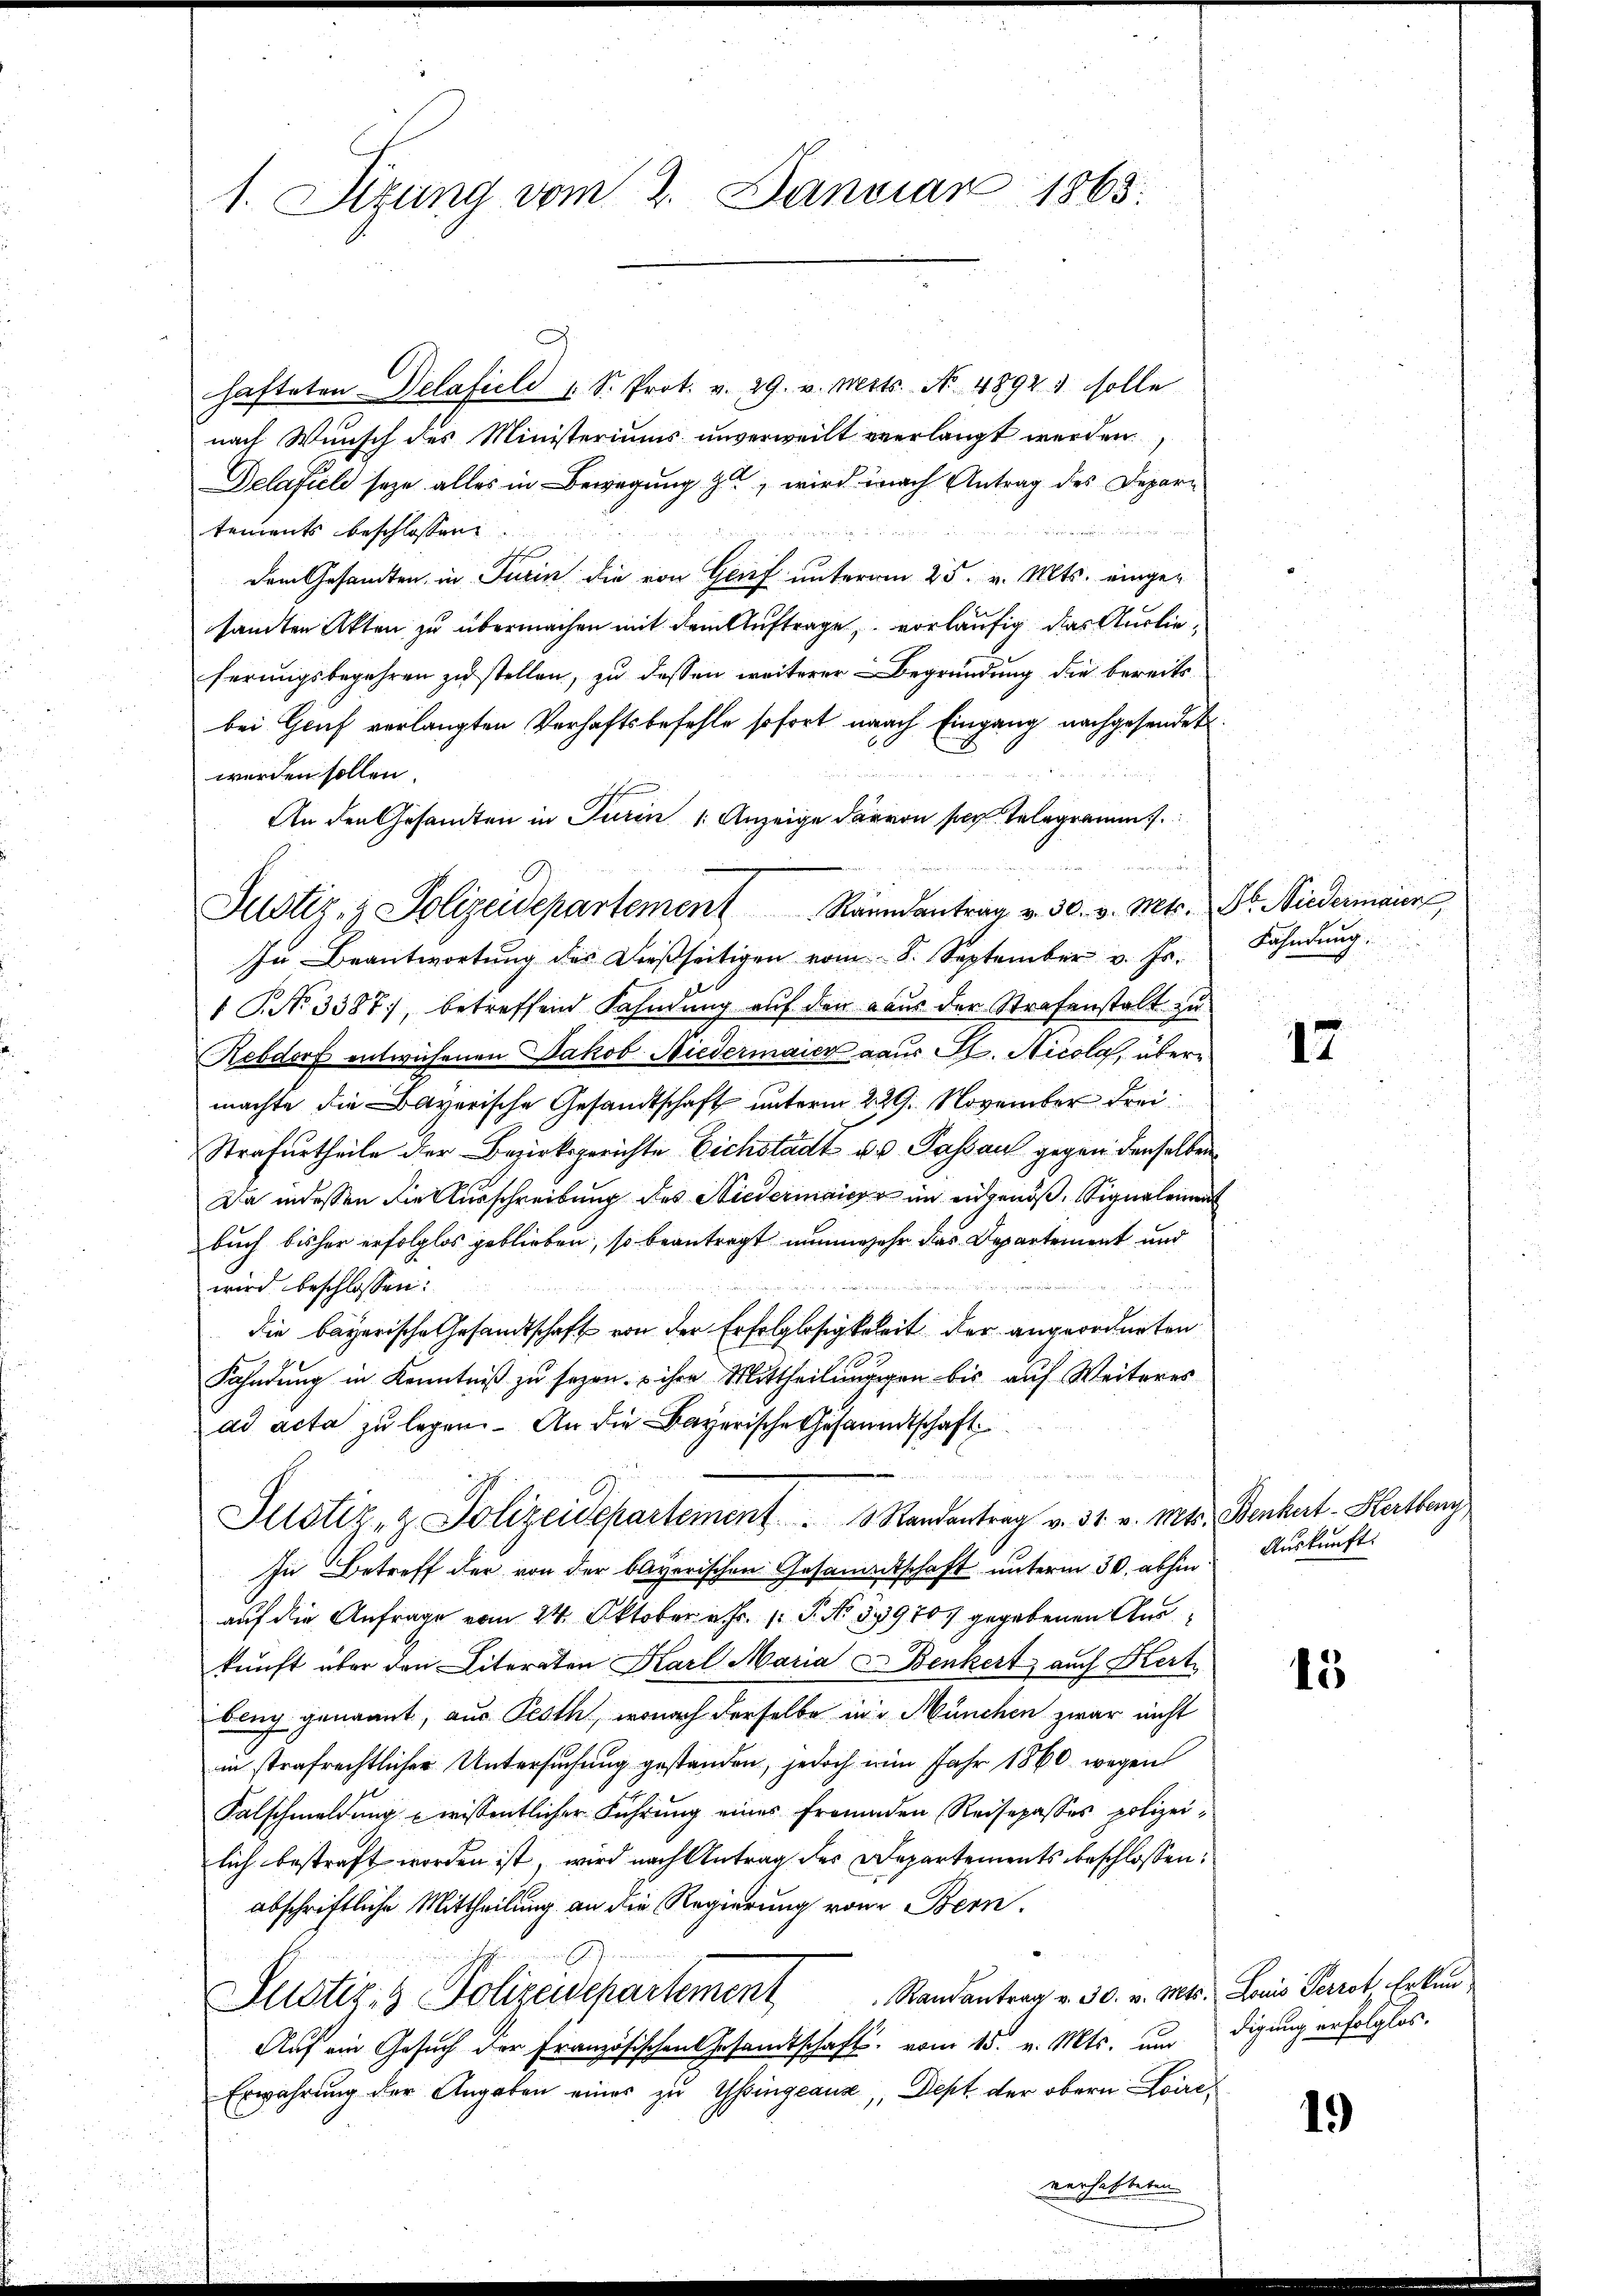
1. Sizung vom 2. Januar 1865.

hafteten Delafiele s. S. Prot. v. 29. v. Merts. No. 48921 solle
nach Wunsch des Ministeriums unverweilt verlangt werden.
Delafiel seye alles in Bewegung zu, wird nach Antrag des Depar¬

tements beschlossen
dem Gesandten, in Turin die von Genf unterm 25. v. Mts. eingesandten Akten zu übermachen mit dem Auftrage, vorläufig das Auslieferŭngsbegehren zŭ stellen, zu dessen weiterer Begründung die bereits
bei Gruf verlangten Verhaftsbefehle sofort nach Eingang nachgesendet.
werden sollen.
An den Gesandten in Turin /: Anzeige darvon so telegramms.

In Beantwortŭng des dießseitigen vom 8. September v. Js. Fahndung,
1 P. No 3387, betreffend Fahndung auf den aus der Strafenstalt zu
Rebdorf entwichenen Jakob Niedermaier aus K. Nicola, übermachte die Bayerische Gesandtschaft unterm 229. November Frei¬
Strafurtheile der Bezirksgerichte Eichstadt u. Passau gegen denselben
Da indessen die Ausschreibung des Niedermaier im angenoß, Signalement
buch bisher erfolglos geblieben, so beantragt nunmehr dies Departement und

wird beschlossen:
die bayerische Gesandtschaft von der Erfolglosigkeit der angeordneten
Fahndung in Kenntniß zu sezen, & ihre Mittheilungegen bis auf Weiteres
ad acta zu legen. An die Bayerische Gesammtschaft
Justiz- & Polizeidepartement  .   Randantrag v. 31. v. Mts. Benhut-Harthany,
In Betreff der von der bayerischen Gesammtschaft unterm 30. abhin
auf die Anfrage vom 24. Oktober v. Fr. 1 S. No. 51970 gegebenen Auskunft über den Literaten Karl Maria Benkert auch Kert
blich genannt, aus Pesth, wonach derselbe in München zwar nicht
in strafrechtlicher Untersuchung gestanden, jedoch ein Jahr 1860 wegen
Falschmeldung u wissentlicher Führung eines Fromaden Reisepasses polizeilich bestraft worden ist, wird nach Antrag des Departements beschlossen:
abschriftliche Mittheilung an die Regierung vom Bern.
Plustiz- & Polizeidepartement Randantrag v. 30. v. Mts. Laris Terrat Erkun¬
Auf ein Gesuch der Französischen Gesandtschaft vom 15. v. Mts. un
Erwahrung der Angaben eines zu Weingeaux, Dept der obern Loireverhalteten

Justiz- & Polizeidepartement Raandantrag v. 30. v. Mts. Dr. Niedermaier

17

Auskunft.

45

digung erfolglos.

1.)